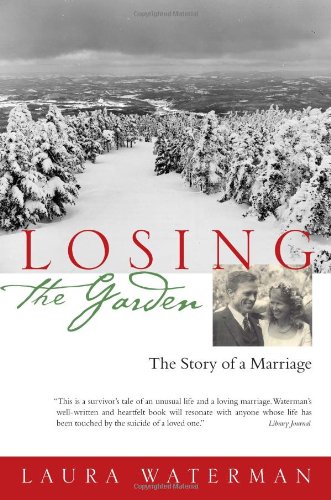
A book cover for Losing the Garden: The Story of a Marriage; Laura Waterman; Science & Math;